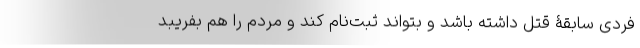
فردی سابقۀ قتل داشته باشد و بتواند ثبت‌نام کند و مردم را هم بفریبد